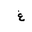
Letter: _gayn